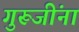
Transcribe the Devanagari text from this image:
गुरूजींना